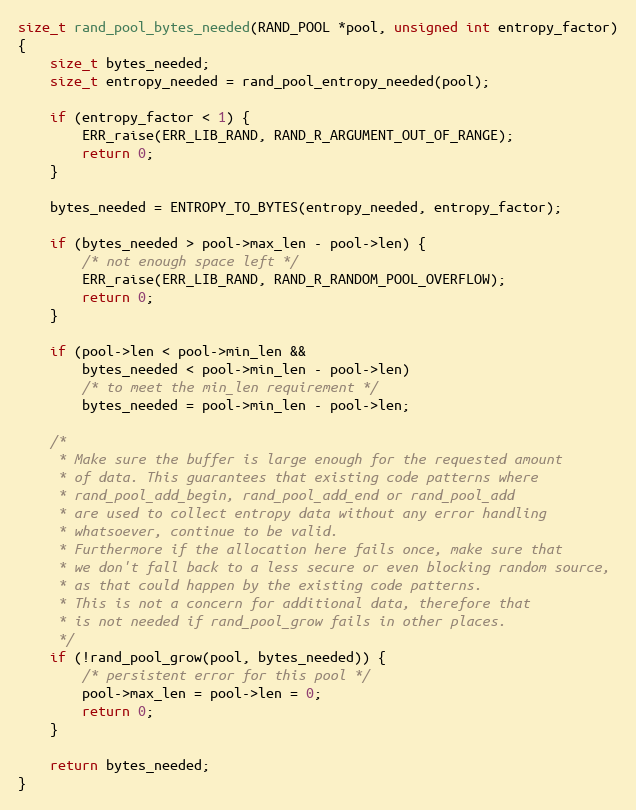
Language: C
size_t rand_pool_bytes_needed(RAND_POOL *pool, unsigned int entropy_factor)
{
    size_t bytes_needed;
    size_t entropy_needed = rand_pool_entropy_needed(pool);

    if (entropy_factor < 1) {
        ERR_raise(ERR_LIB_RAND, RAND_R_ARGUMENT_OUT_OF_RANGE);
        return 0;
    }

    bytes_needed = ENTROPY_TO_BYTES(entropy_needed, entropy_factor);

    if (bytes_needed > pool->max_len - pool->len) {
        /* not enough space left */
        ERR_raise(ERR_LIB_RAND, RAND_R_RANDOM_POOL_OVERFLOW);
        return 0;
    }

    if (pool->len < pool->min_len &&
        bytes_needed < pool->min_len - pool->len)
        /* to meet the min_len requirement */
        bytes_needed = pool->min_len - pool->len;

    /*
     * Make sure the buffer is large enough for the requested amount
     * of data. This guarantees that existing code patterns where
     * rand_pool_add_begin, rand_pool_add_end or rand_pool_add
     * are used to collect entropy data without any error handling
     * whatsoever, continue to be valid.
     * Furthermore if the allocation here fails once, make sure that
     * we don't fall back to a less secure or even blocking random source,
     * as that could happen by the existing code patterns.
     * This is not a concern for additional data, therefore that
     * is not needed if rand_pool_grow fails in other places.
     */
    if (!rand_pool_grow(pool, bytes_needed)) {
        /* persistent error for this pool */
        pool->max_len = pool->len = 0;
        return 0;
    }

    return bytes_needed;
}